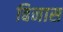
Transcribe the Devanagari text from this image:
बिनास